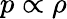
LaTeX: p\propto\rho